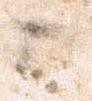
被